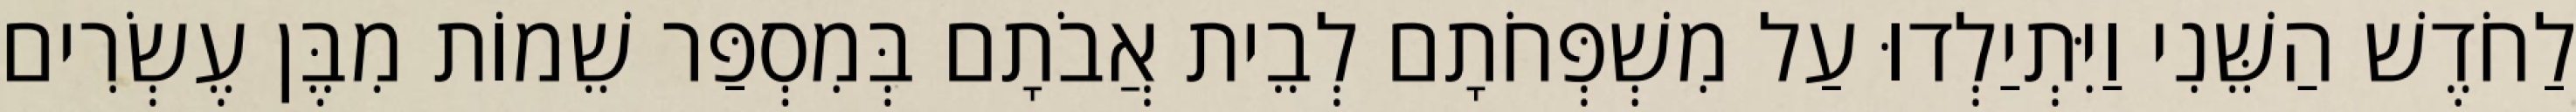
לַחֹדֶשׁ הַשֵּׁנִי וַיִּתְיַלְדוּ עַל מִשְׁפְּחֹתָם לְבֵית אֲבֹתָם בְּמִסְפַּר שֵׁמוֹת מִבֶּן עֶשְׂרִים